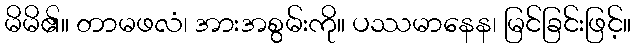
မိမိ၏။ တာမဖလံ၊ အားအစွမ်းကို။ ပဿမာနေန၊ မြင်ခြင်းဖြင့်။